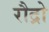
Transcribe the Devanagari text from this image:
रौद्रो